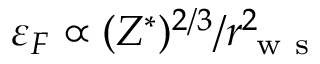
\varepsilon _ { F } \propto ( Z ^ { * } ) ^ { 2 / 3 } / r _ { \mathrm { ~ w ~ s ~ } } ^ { 2 }